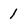
Character: 1